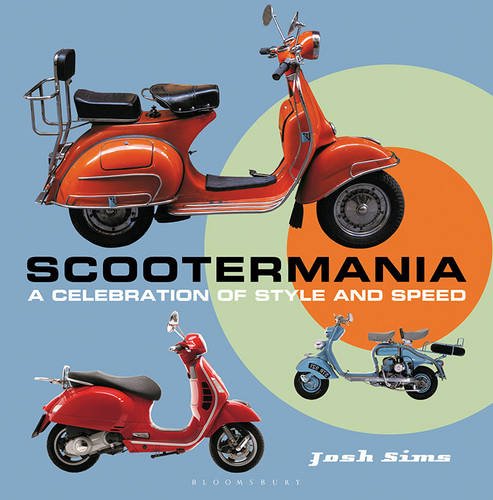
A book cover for Scootermania: A celebration of style and speed; Josh Sims; Arts & Photography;